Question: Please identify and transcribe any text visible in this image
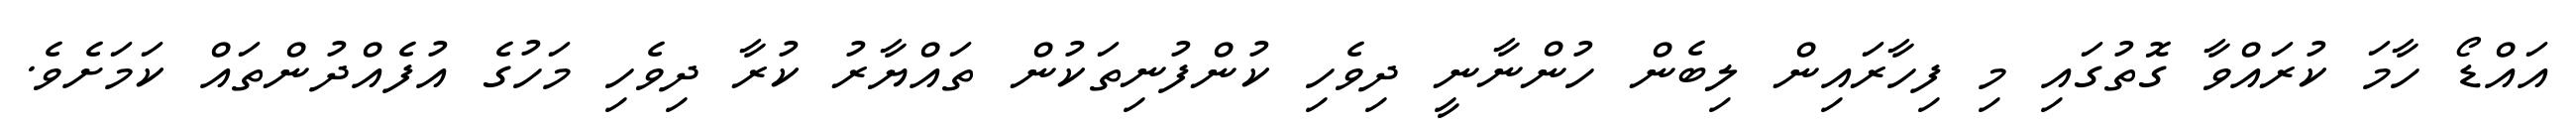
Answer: އައްޑޯ ހާމަ ކުރައްވާ ގޮތުގައި މި ފިހާރައިން ލިބެން ހުންނާނީ ދިވެހި ކުންފުނިތަކުން ތައްޔާރު ކުރާ ދިވެހި މަހުގެ އުފެއްދުންތައް ކަމަށެވެ.